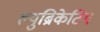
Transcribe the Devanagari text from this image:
ल्युब्रिकेटिंग